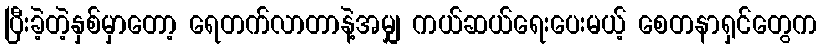
ပြီးခဲ့တဲ့နှစ်မှာတော့ ရေတက်လာတာနဲ့အမျှ ကယ်ဆယ်ရေးပေးမယ့် စေတနာရှင်တွေက